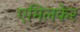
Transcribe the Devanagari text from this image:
एमिलकेर